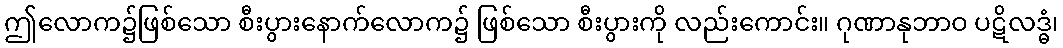
ဤလောက၌ဖြစ်သော စီးပွားနောက်လောက၌ ဖြစ်သော စီးပွားကို လည်းကောင်း။ ဂုဏာနုဘာဝ ပဋိလဒ္ဓံ၊